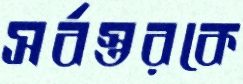
সর্বস্তরকে